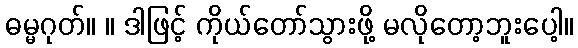
ဓမ္မဂုတ်။ ။ ဒါဖြင့် ကိုယ်တော်သွားဖို့ မလိုတော့ဘူးပေါ့။